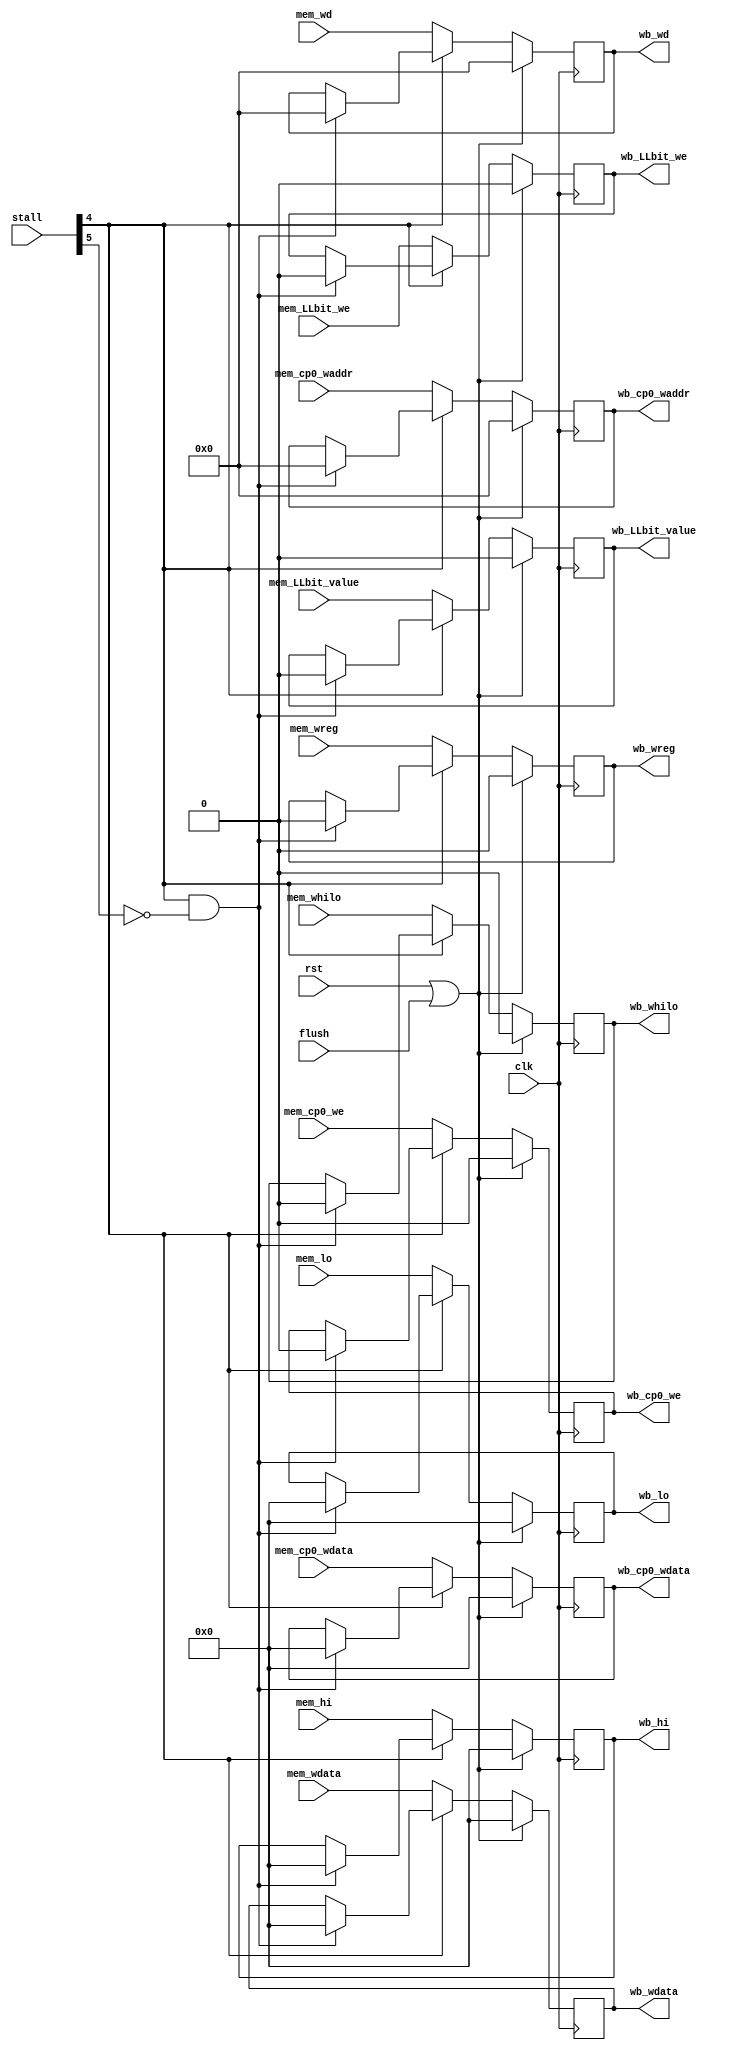
    module mem_wb(
    input clk,
    input rst,
    input [5:0] stall,
	input flush, //
    /***********/
    input [4:0] mem_wd,
    input [31:0] mem_wdata,
    input       mem_wreg,
    input       mem_whilo,
    input [31:0] mem_hi,mem_lo,
	input mem_LLbit_we, mem_LLbit_value,
	input [4:0] mem_cp0_waddr,
	input [31:0] mem_cp0_wdata,
	input 		mem_cp0_we,

    /************/
    output reg[4:0] wb_wd,
    output reg[31:0] wb_wdata,
    output reg     wb_wreg,
    output reg     wb_whilo,
    output reg [31:0] wb_hi,wb_lo,
	output reg wb_LLbit_we, wb_LLbit_value,
	output reg [4:0] wb_cp0_waddr,
	output reg [31:0] wb_cp0_wdata,
	output reg 		 wb_cp0_we
);

always @(posedge clk) begin
    if(rst || flush) {wb_wd,wb_wdata,wb_wreg,wb_whilo, wb_hi, wb_lo,
		wb_LLbit_we, wb_LLbit_value,
		wb_cp0_waddr, wb_cp0_wdata, wb_cp0_we} <= 0;
    else if(!stall[4]) begin
        wb_wd <= mem_wd;
        wb_wdata <= mem_wdata;
        wb_wreg <= mem_wreg;
        wb_whilo <= mem_whilo;
        wb_hi <= mem_hi;
        wb_lo <= mem_lo;
		wb_LLbit_value <= mem_LLbit_value;
		wb_LLbit_we <= mem_LLbit_we;
		wb_cp0_waddr <= mem_cp0_waddr;
		wb_cp0_wdata <= mem_cp0_wdata;
		wb_cp0_we <= mem_cp0_we;
    end else if(stall[4] && !stall[5])
        {wb_wd,wb_wdata,wb_wreg,wb_whilo,wb_hi,wb_lo,
		wb_LLbit_we, wb_LLbit_value,
		wb_cp0_waddr, wb_cp0_wdata, wb_cp0_we} <= 0;
end
endmodule // mem_wb